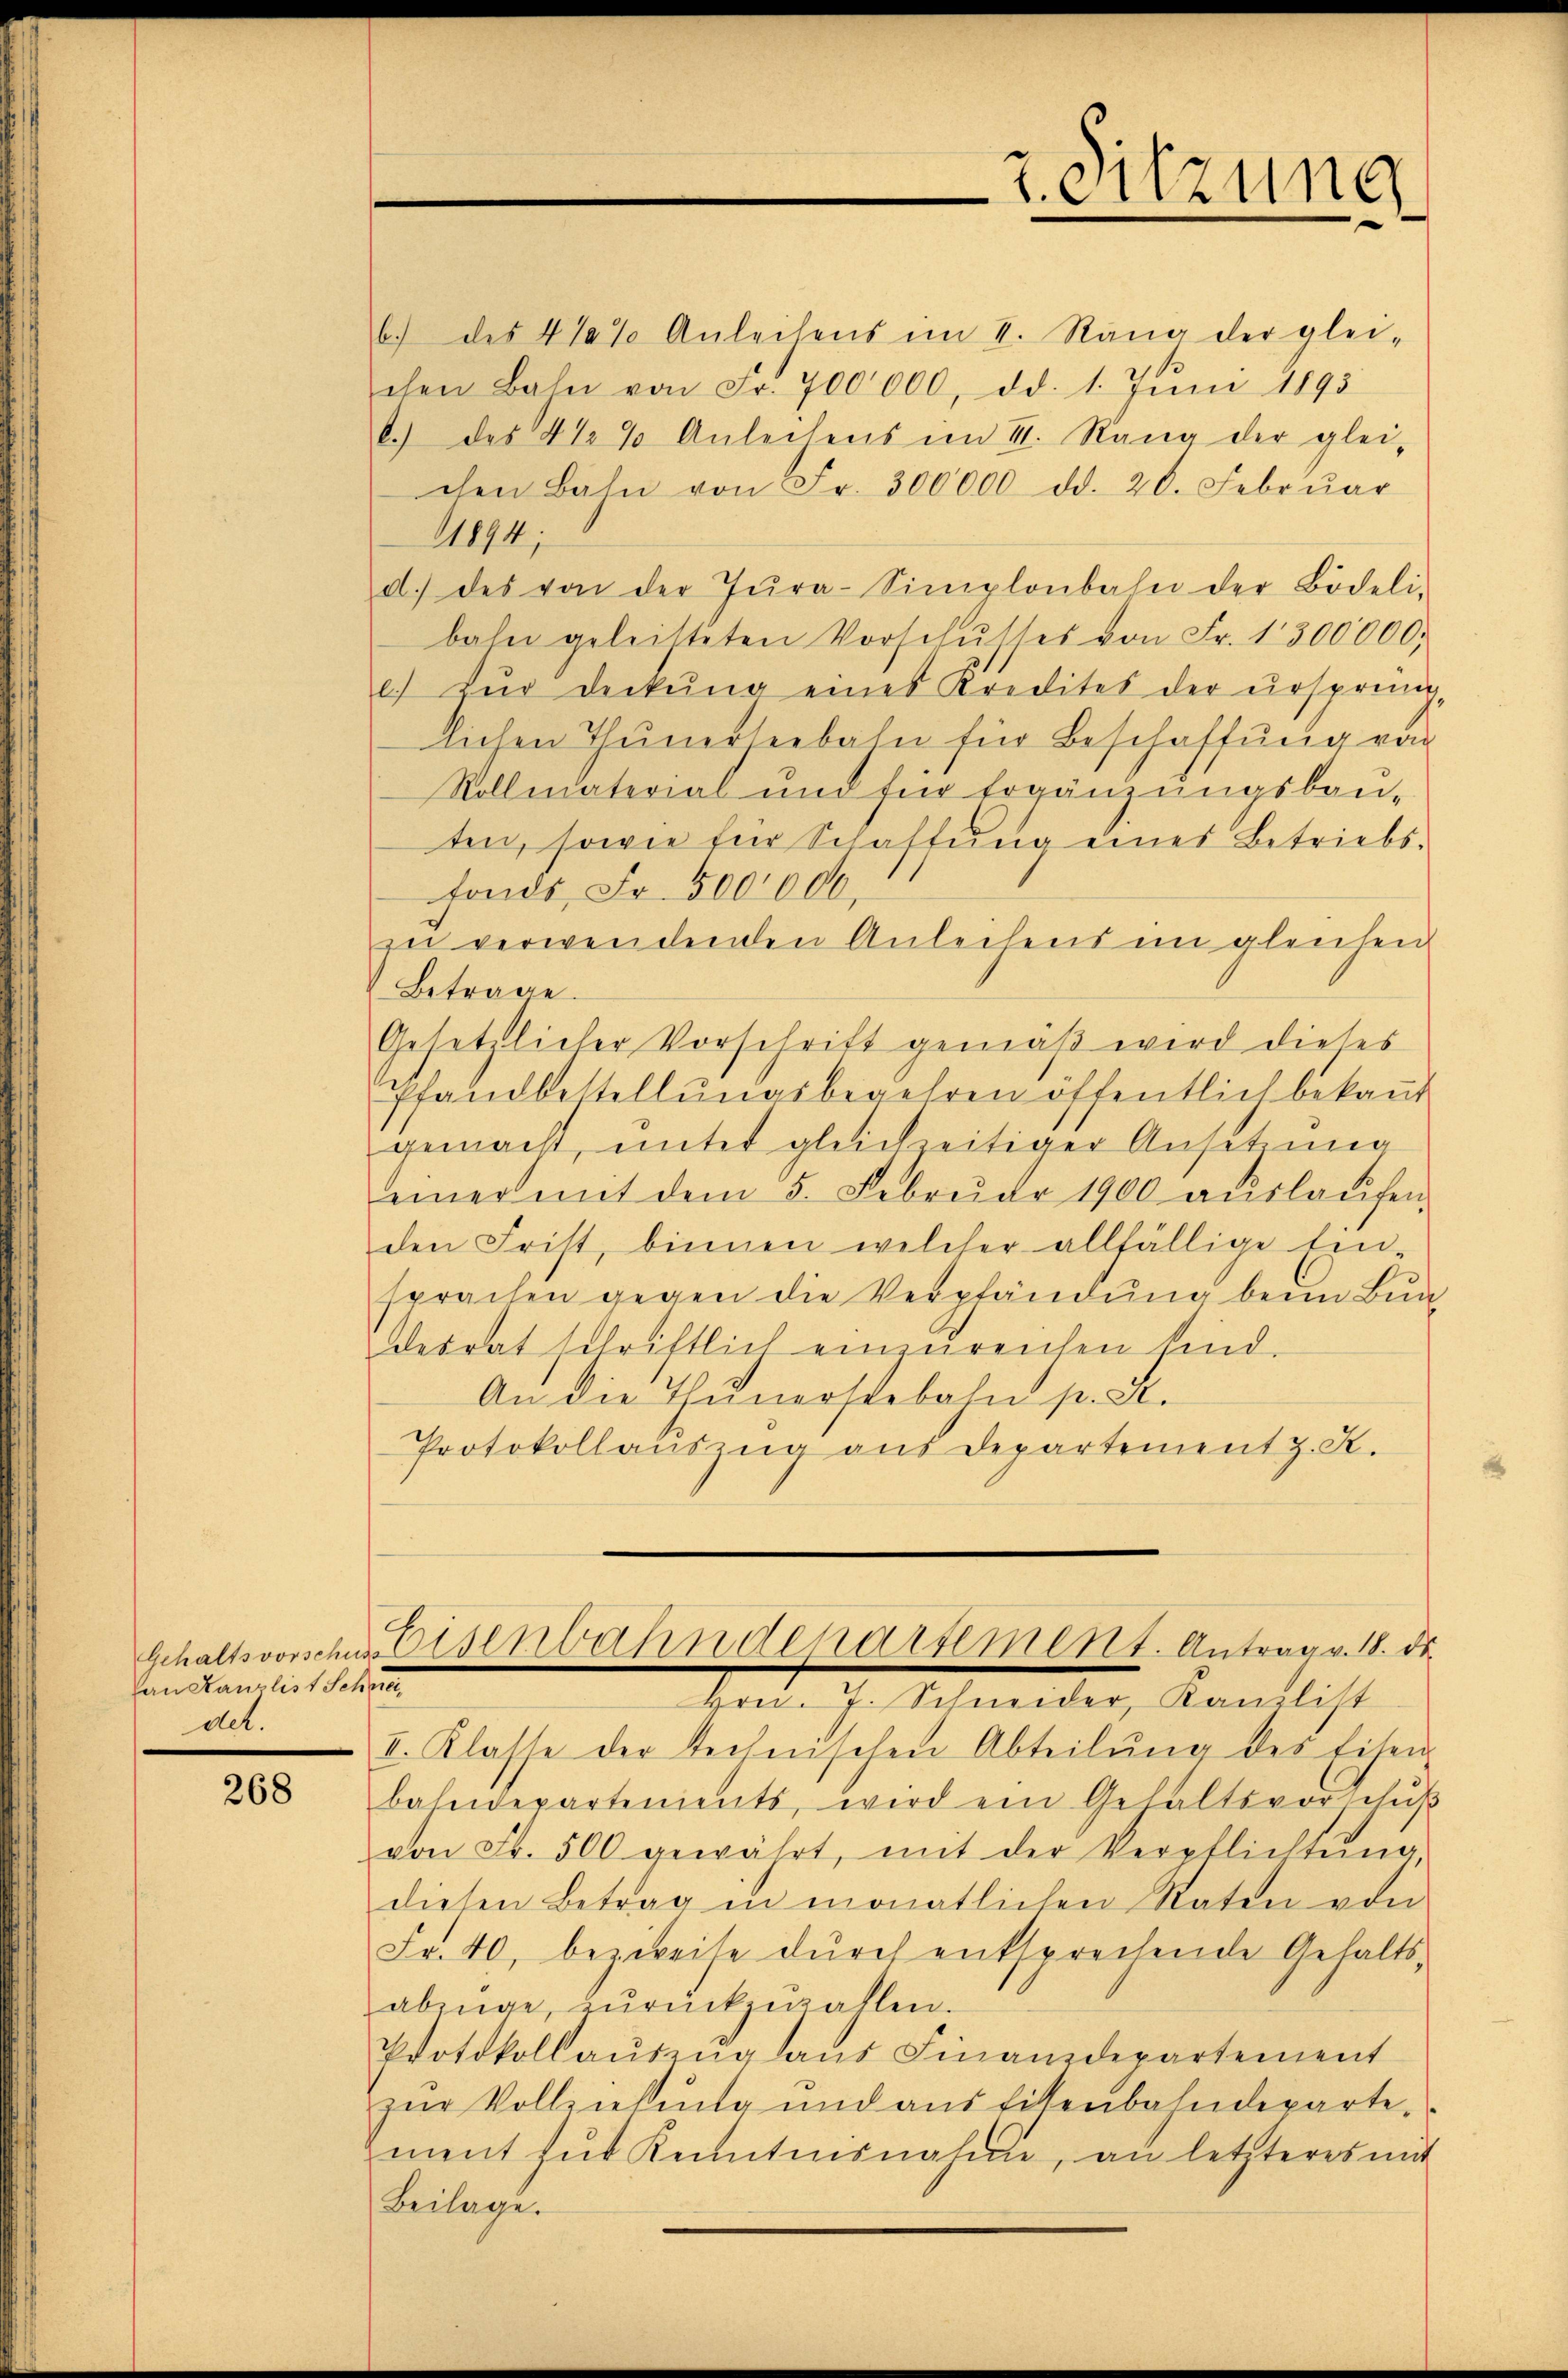
Pan Kanzlist Schre
det.

268

b.) des 4%% Anleihens im I. Rang der glei-
chen Bahn von Fr. 700,000, dd. 1. Jŭni 1895
b.) des 4 1/2 % Anleihens im II. Rang der glei-
chen Bahn von Fr. 300000 dd. 20. Febrŭar
11874;
d.) des von der Tŭra-Simplonbahn der Bödeli-
bahn geleisteten Vorschŭsses von Fr. 1300000.
l) zŭr deckŭng eines Kredites der ursprüng
lichen Thunerseebahn für Beschaffung von
Vollmaterial und für Ergänzungsbauten, sowie für Schaffung eines Betriebs-
fonds, Fr. 500,000.
zu verwendenden Anleihens im gleichen
Betrage.
Gesetzlicher Vorschrift gemäß wird dieses
Pfandbestellŭngsbegehren öffentlich bekannt
gemacht, unter gleichzeitiger Ansetzung
einer mit dem 5. Februar 1900 aŭslaŭfen
den Frist, binnen welcher allfällige Ein-
sprachen gegen die Verpfändung beim Bun-
desrat schriftlich einzŭreichen sind.
An die Thunerstebahn p. St.
Protokollaŭszŭg aŭs Departement z. S.

2. Sitzung

Gehaltsvorschussenbahndepartement. Antrag v. 18. d.

Hrn. J. Schneider, Kanzlist
I. Klasse der technischen Abteilŭng des Eisen
bahndepartements, wird ein Gehaltsvorschŭβ
von Fr. 500 gewährt, mit der Verpflichtŭng,
diesen Betrag in monatlichen Raten von
Fr. 40, bezweife dŭrch entsprechende Gehalts-
abinge, zŭrückzuzahlen.
Protokoll aŭszŭg aŭs Finanzdepartement
zŭr Vollziehung und aus Eisenbahndeparte.
ment fut Kenntnisnahme, an letzteres mit
Beilage.